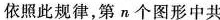
依照此规律，第n个图形中共